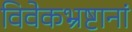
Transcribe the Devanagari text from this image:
विवेकभ्रष्टानां